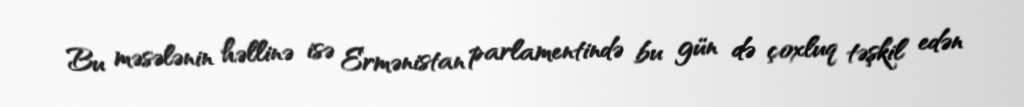
Bu məsələnin həllinə isə Ermənistan parlamentində bu gün də çoxluq təşkil edən